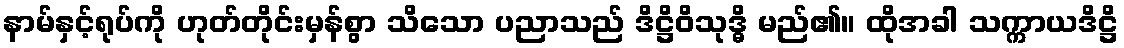
နာမ်နှင့်ရုပ်ကို ဟုတ်တိုင်းမှန်စွာ သိသော ပညာသည် ဒိဋ္ဌိဝိသုဒ္ဓိ မည်၏။ ထိုအခါ သက္ကာယဒိဋ္ဌိ